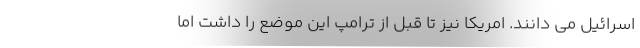
اسرائیل می دانند. امریکا نیز تا قبل از ترامپ این موضع را داشت اما